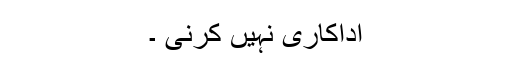
اداکاری نہیں کرنی ۔